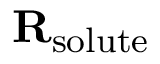
\mathbf { R } _ { \mathrm { s o l u t e } }